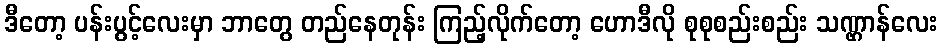
ဒီတော့ ပန်းပွင့်လေးမှာ ဘာတွေ တည်နေတုန်း ကြည့်လိုက်တော့ ဟောဒီလို စုစုစည်းစည်း သဏ္ဌာန်လေး